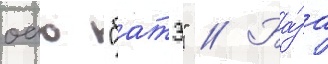
оао "батэ" // Ба́за